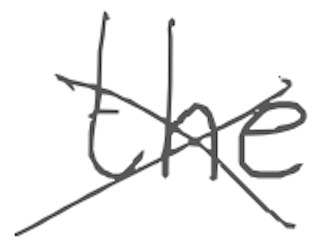
Text: the
Cross-out: cross
Writing tool: digital_gray